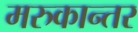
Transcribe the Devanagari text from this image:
मरुकान्तर